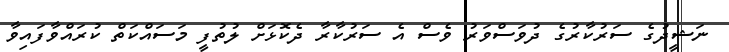
ނަޝީދުގެ ސަރުކާރުގެ ދުވަސްވަރު ވެސް އެ ސަރުކާރާ ދެކޮޅަށް ލުތުފީ މަސައްކަތް ކުރައްވާފައިވާ